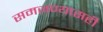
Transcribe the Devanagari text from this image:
समजण्यासही